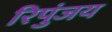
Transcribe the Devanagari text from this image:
रिपुंजय